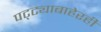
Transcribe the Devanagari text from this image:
पट्ट्याबाहेरही